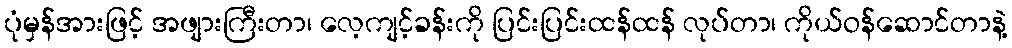
ပုံမှန်အားဖြင့် အဖျားကြီးတာ၊ လေ့ကျင့်ခန်းကို ပြင်းပြင်းထန်ထန် လုပ်တာ၊ ကိုယ်ဝန်ဆောင်တာနဲ့